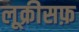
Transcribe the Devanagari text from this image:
लूक्रीसफ़